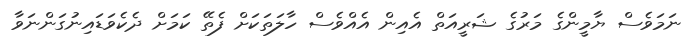
ނަމަވެސް ޔާމީންގެ މަރުގެ ޝަރީއަތް އެއިން އެއްވެސް ހާލަތަކަށް ފެތޭ ކަމަށް ދެކެވަޑައިނުގަންނަވާ